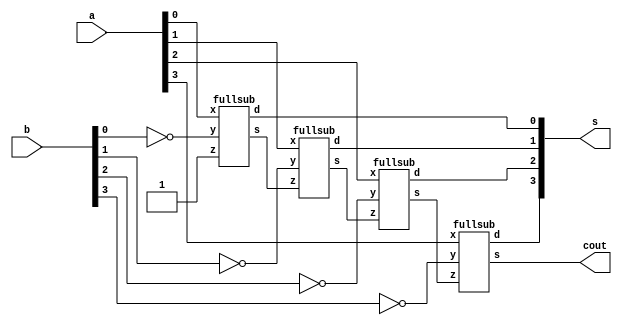
`timescale 1ns / 1ps


//20e126 NAVEEN M//


module taskfour(
a,b,s,cout);
input [3:0]a;
input [3:0]b;
output [3:0]s;
output cout;
wire c1,c2,c3;
fullsub fs0(a[0],~b[0],1'b1,s[0],c1);
fullsub fs1(a[1],~b[1],c1,s[1],c2);
fullsub fs2(a[2],~b[2],c2,s[2],c3);
fullsub fs3(a[3],~b[3],c3,s[3],cout);
endmodule


module fullsub(x,y,z,d,s);
input x,y,z;
output d,s;
wire a,b,c,df,e;
xor x1(a,x,y);
not n1(b,x);
and a1(c,b,y);
xor x2(d,a,z);
not n2(df,a);
and a2(e,df,z);
or o1(s,e,c);
endmodule